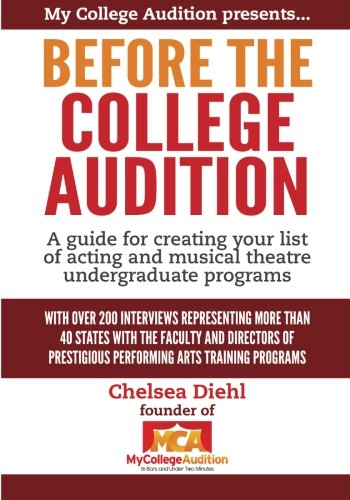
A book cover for Before The College Audition: A guide for creating your list of acting and musical theatre undergraduate programs; Chelsea Diehl; Humor & Entertainment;